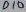
Text: D10